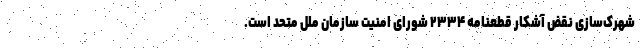
شهرک‌سازی نقض آشکار قطعنامه ۲۳۳۴ شورای امنیت سازمان ملل متحد است.